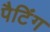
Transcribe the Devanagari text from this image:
पैटिंग